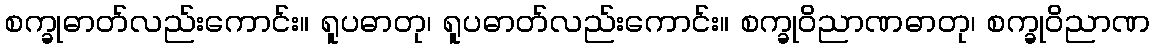
စက္ခုဓာတ်လည်းကောင်း။ ရူပဓာတု၊ ရူပဓာတ်လည်းကောင်း။ စက္ခုဝိညာဏဓာတု၊ စက္ခုဝိညာဏ